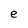
Character: e